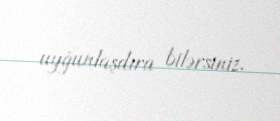
uyğunlaşdıra bilərsiniz.